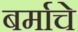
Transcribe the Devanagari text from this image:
बर्माचे